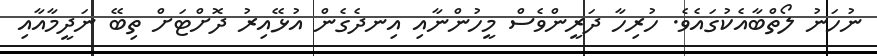
ނުހަނު ލޯތްބާއެކުގައެވެ. ހުރިހާ ދަރީންވެސް މީހުންނާއި އިނދެގެން އުޅޭއިރު ދޮށްޓަށް ތިބޭ ނަދީމާއާއި